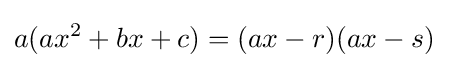
a(ax^{2}+bx+c)=(ax-r)(ax-s)